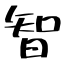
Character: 智